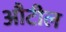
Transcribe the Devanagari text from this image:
औटील